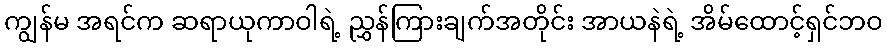
ကျွန်မ အရင်က ဆရာယုကာဝါရဲ့ ညွှန်ကြားချက်အတိုင်း အာယနဲရဲ့ အိမ်ထောင့်ရှင်ဘဝ